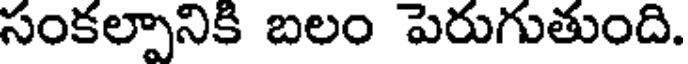
సంకల్పానికి బలం పెరుగుతుంది.